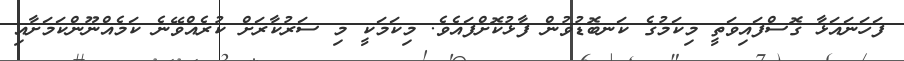
ފަހަނައަޅާ ގޮސްފައިވަތީ މިކަމުގެ ކަނބޮޑުވުން ފާޅުކޮށްފައެވެ. މިކަމަކީ މި ސަރުކާރަށް ކުރެއްވޭނެ ކަމެއްނޫންކަމަށާއި